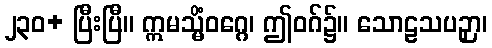
၂၃၀+ ပြီးပြီ။ ဣမသ္မိံဝဂ္ဂေ၊ ဤဝဂ်၌။ သောဠသပဉှာ၊